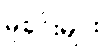
မှုခင်းများ